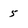
Character: 5